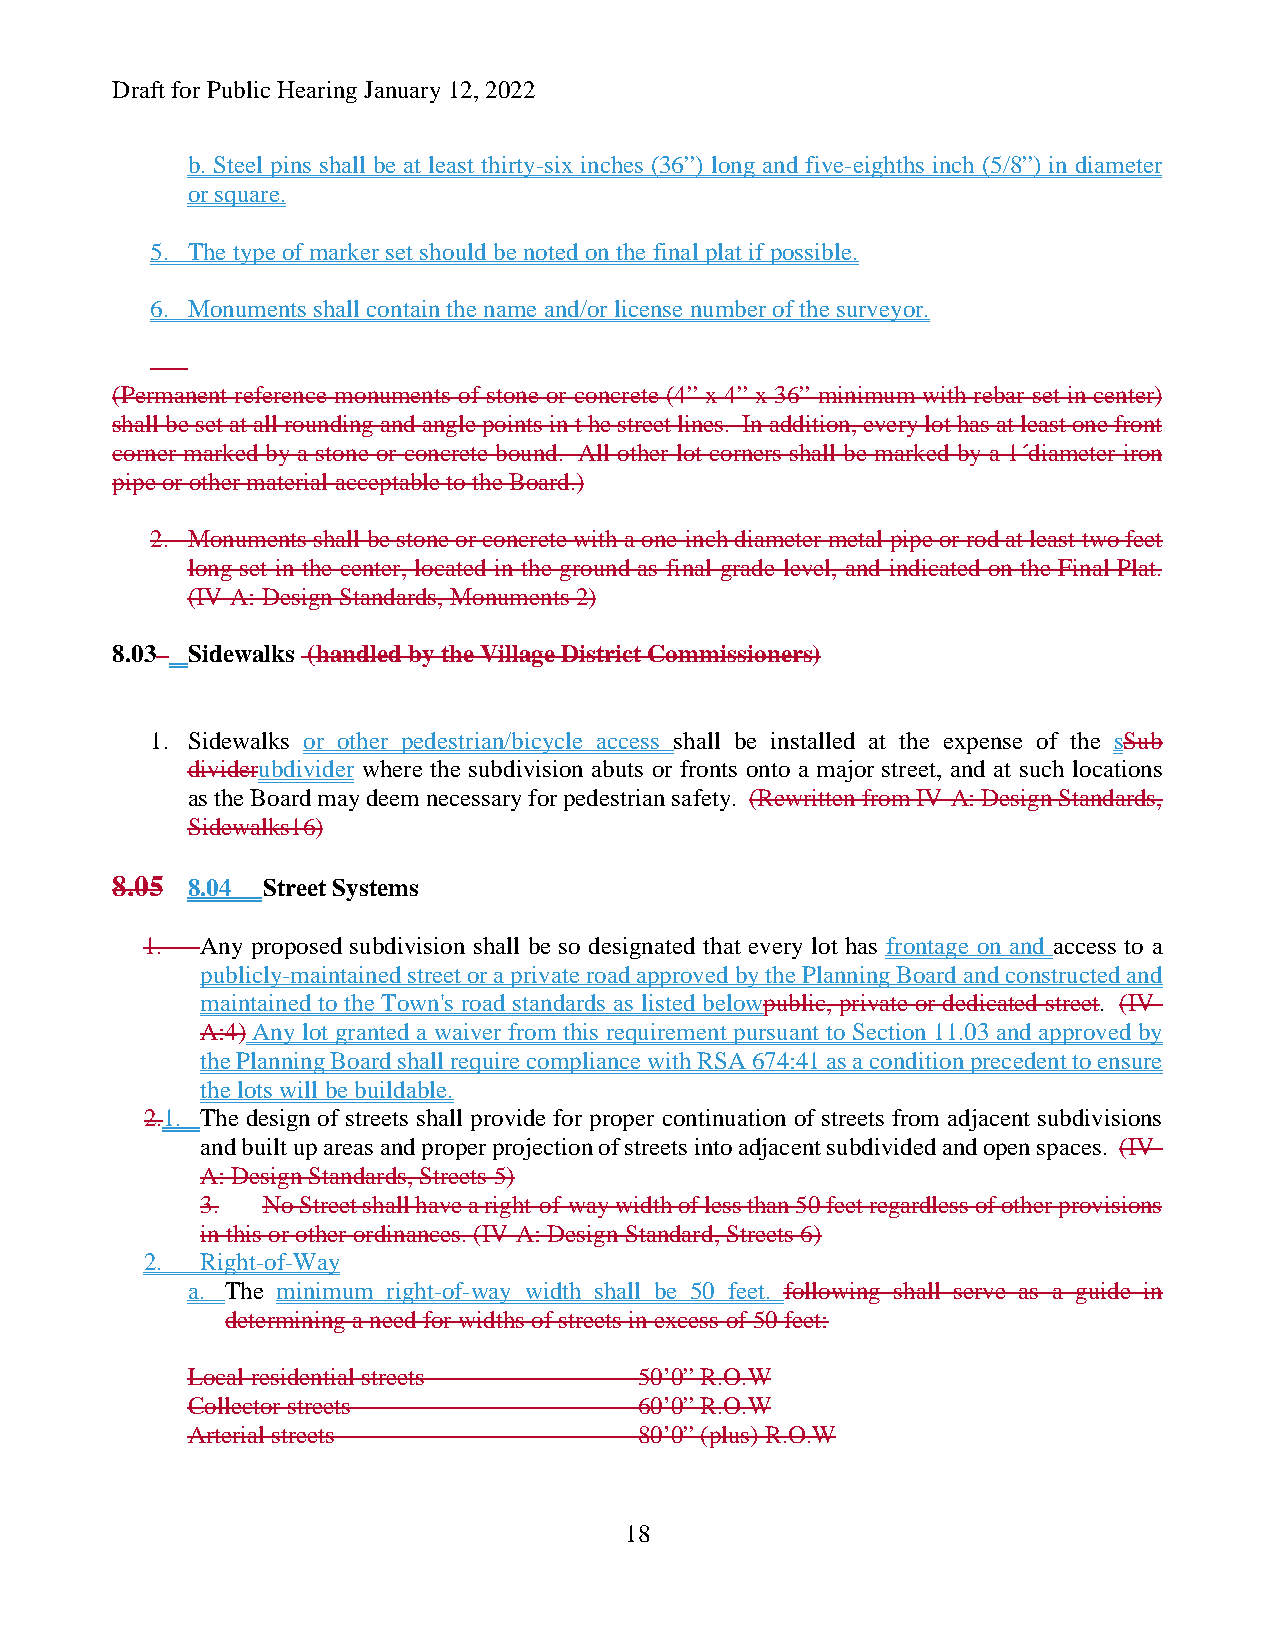
Draft for Public Hearing January 12, 2022
 b. Steel pins shall be at least thirty-six inches (36”) long and five-eighths inch (5/8”) in diameter
 or square.
 5. The type of marker set should be noted on the final plat if possible.
 6. Monuments shall contain the name and/or license number of the surveyor.
 (Permanent reference monuments of stone or concrete (4” x 4” x 36” minimum with rebar set in center)
 shall be set at all rounding and angle points in t he street lines. In addition, every lot has at least one front
 corner marked by a stone or concrete bound. All other lot corners shall be marked by a 1´diameter iron
 pipe or other material acceptable to the Board.)
 2. Monuments shall be stone or concrete with a one-inch diameter metal pipe or rod at least two feet
 long set in the center, located in the ground as final grade level, and indicated on the Final Plat.
 (IV-A: Design Standards, Monuments 2)
 8.03 Sidewalks (handled by the Village District Commissioners)
 1. Sidewalks or other pedestrian/bicycle access shall be installed at the expense of the sSub
 dividerubdivider where the subdivision abuts or fronts onto a major street, and at such locations
 as the Board may deem necessary for pedestrian safety. (Rewritten from IV-A: Design Standards,
 Sidewalks16)
 8.05 8.04 Street Systems
 1. Any proposed subdivision shall be so designated that every lot has frontage on and access to a
 publicly-maintained street or a private road approved by the Planning Board and constructed and
 maintained to the Town's road standards as listed belowpublic, private or dedicated street. (IV-
 A:4) Any lot granted a waiver from this requirement pursuant to Section 11.03 and approved by
 the Planning Board shall require compliance with RSA 674:41 as a condition precedent to ensure
 the lots will be buildable.
 2.1. The design of streets shall provide for proper continuation of streets from adjacent subdivisions
 and built up areas and proper projection of streets into adjacent subdivided and open spaces. (IV-
 A: Design Standards, Streets 5)
 3.  No Street shall have a right-of-way width of less than 50 feet regardless of other provisions
 in this or other ordinances. (IV-A: Design Standard, Streets 6)
 2. Right-of-Way
 a. The minimum right-of-way width shall be 50 feet. following shall serve as a guide in
 determining a need for widths of streets in excess of 50 feet:
 Local residential streets     50’0” R.O.W
 Collector streets             60’0” R.O.W
 Arterial streets              80’0” (plus) R.O.W
 18